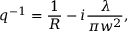
q ^ { - 1 } = \frac { 1 } { R } - i \frac { \lambda } { \pi w ^ { 2 } } ,